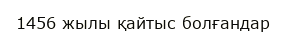
1456 жылы қайтыс болғандар